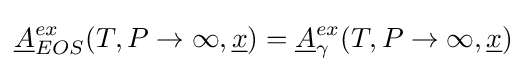
{\underline {A}}_{EOS}^{ex}(T,P\to \infty ,{\underline {x}})={\underline {A}}_{\gamma }^{ex}(T,P\to \infty ,{\underline {x}})